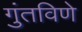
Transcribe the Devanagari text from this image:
गुंतविणे